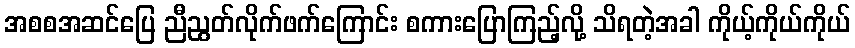
အစစအဆင်ပြေ ညီညွတ်လိုက်ဖက်ကြောင်း စကားပြောကြည့်လို့ သိရတဲ့အခါ ကိုယ့်ကိုယ်ကိုယ်